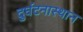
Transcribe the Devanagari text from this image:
दुर्घटनास्थान